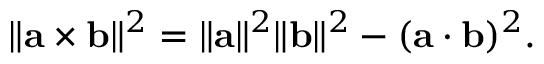
\| \mathbf { a } \times \mathbf { b } \| ^ { 2 } = \| \mathbf { a } \| ^ { 2 } \| \mathbf { b } \| ^ { 2 } - ( \mathbf { a } \cdot \mathbf { b } ) ^ { 2 } .